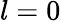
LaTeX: l=0